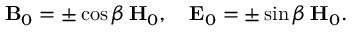
{ \bf B } _ { 0 } = \pm \cos \beta \, { \bf H } _ { 0 } , \ \ \ { \bf E } _ { 0 } = \pm \sin \beta \, { \bf H } _ { 0 } .